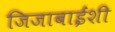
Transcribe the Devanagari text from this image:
जिजाबाईंशी